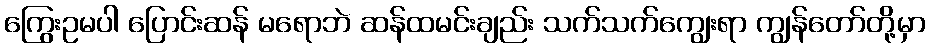
ကြွေးဥမပါ ပြောင်းဆန် မရောဘဲ ဆန်ထမင်းချည်း သက်သက်ကျွေးရာ ကျွန်တော်တို့မှာ